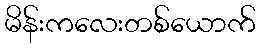
မိန်းကလေးတစ်ယောက်